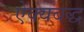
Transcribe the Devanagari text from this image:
ऐक्यबद्ध